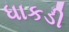
ધાકડી